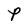
Character: P